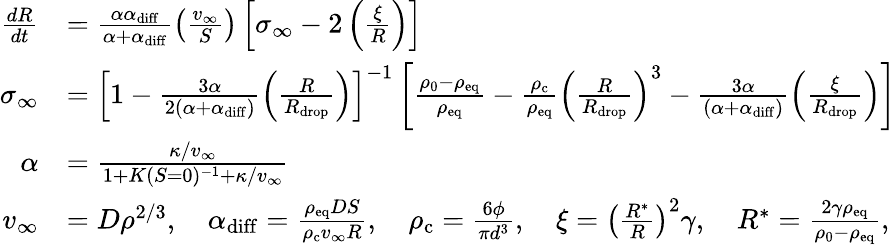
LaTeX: \begin{array}{rl}{\frac{dR}{dt}}&{=\frac{\alpha\alpha_{\mathrm{diff}}}{\alpha+\alpha_{\mathrm{diff}}}\left(\frac{v_{\infty}}{S}\right)\left[\sigma_{\infty}-2\left(\frac{\xi}{R}\right)\right]}\\ {\sigma_{\infty}}&{=\left[1-\frac{3\alpha}{2(\alpha+\alpha_{\mathrm{diff}})}\left(\frac{R}{R_{\mathrm{drop}}}\right)\right]^{-1}\left[\frac{\rho_{0}-\rho_{\mathrm{eq}}}{\rho_{\mathrm{eq}}}-\frac{\rho_{\mathrm{c}}}{\rho_{\mathrm{eq}}}\left(\frac{R}{R_{\mathrm{drop}}}\right)^{3}-\frac{3\alpha}{(\alpha+\alpha_{\mathrm{diff}})}\left(\frac{\xi}{R_{\mathrm{drop}}}\right)\right]}\\ {\alpha}&{=\frac{\kappa/v_{\infty}}{1+K(S=0)^{-1}+\kappa/v_{\infty}}}\\ {v_{\infty}}&{=D\rho^{2/3},\quad\alpha_{\mathrm{diff}}=\frac{\rho_{\mathrm{eq}}DS}{\rho_{\mathrm{c}}v_{\infty}R},\quad\rho_{\mathrm{c}}=\frac{6\phi}{\pi d^{3}},\quad\xi=\left(\frac{R^{*}}{R}\right)^{2}\gamma,\quad R^{*}=\frac{2\gamma\rho_{\mathrm{eq}}}{\rho_{0}-\rho_{\mathrm{eq}}},}\end{array}